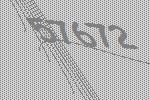
57672